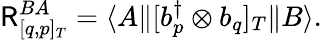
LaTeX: \mathsf{R}_{[q,p]_{T}}^{BA}=\langle A\| [b_{p}^{\dagger}\otimes b_{q}]_{T}\| B\rangle.